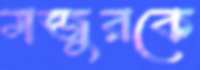
মন্জুরকে